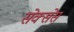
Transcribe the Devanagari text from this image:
सेक्सेस